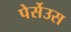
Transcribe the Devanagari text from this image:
पेर्सेउस